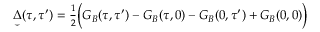
\begin{array} { r } { { \underset { \smile } { \Delta } } ( \tau , \tau ^ { \prime } ) = { \frac { 1 } { 2 } } \Bigl ( { \cal { G } } _ { B } ( \tau , \tau ^ { \prime } ) - { \cal { G } } _ { B } ( \tau , 0 ) - { \cal { G } } _ { B } ( 0 , \tau ^ { \prime } ) + { \cal { G } } _ { B } ( 0 , 0 ) \Bigr ) } \end{array}